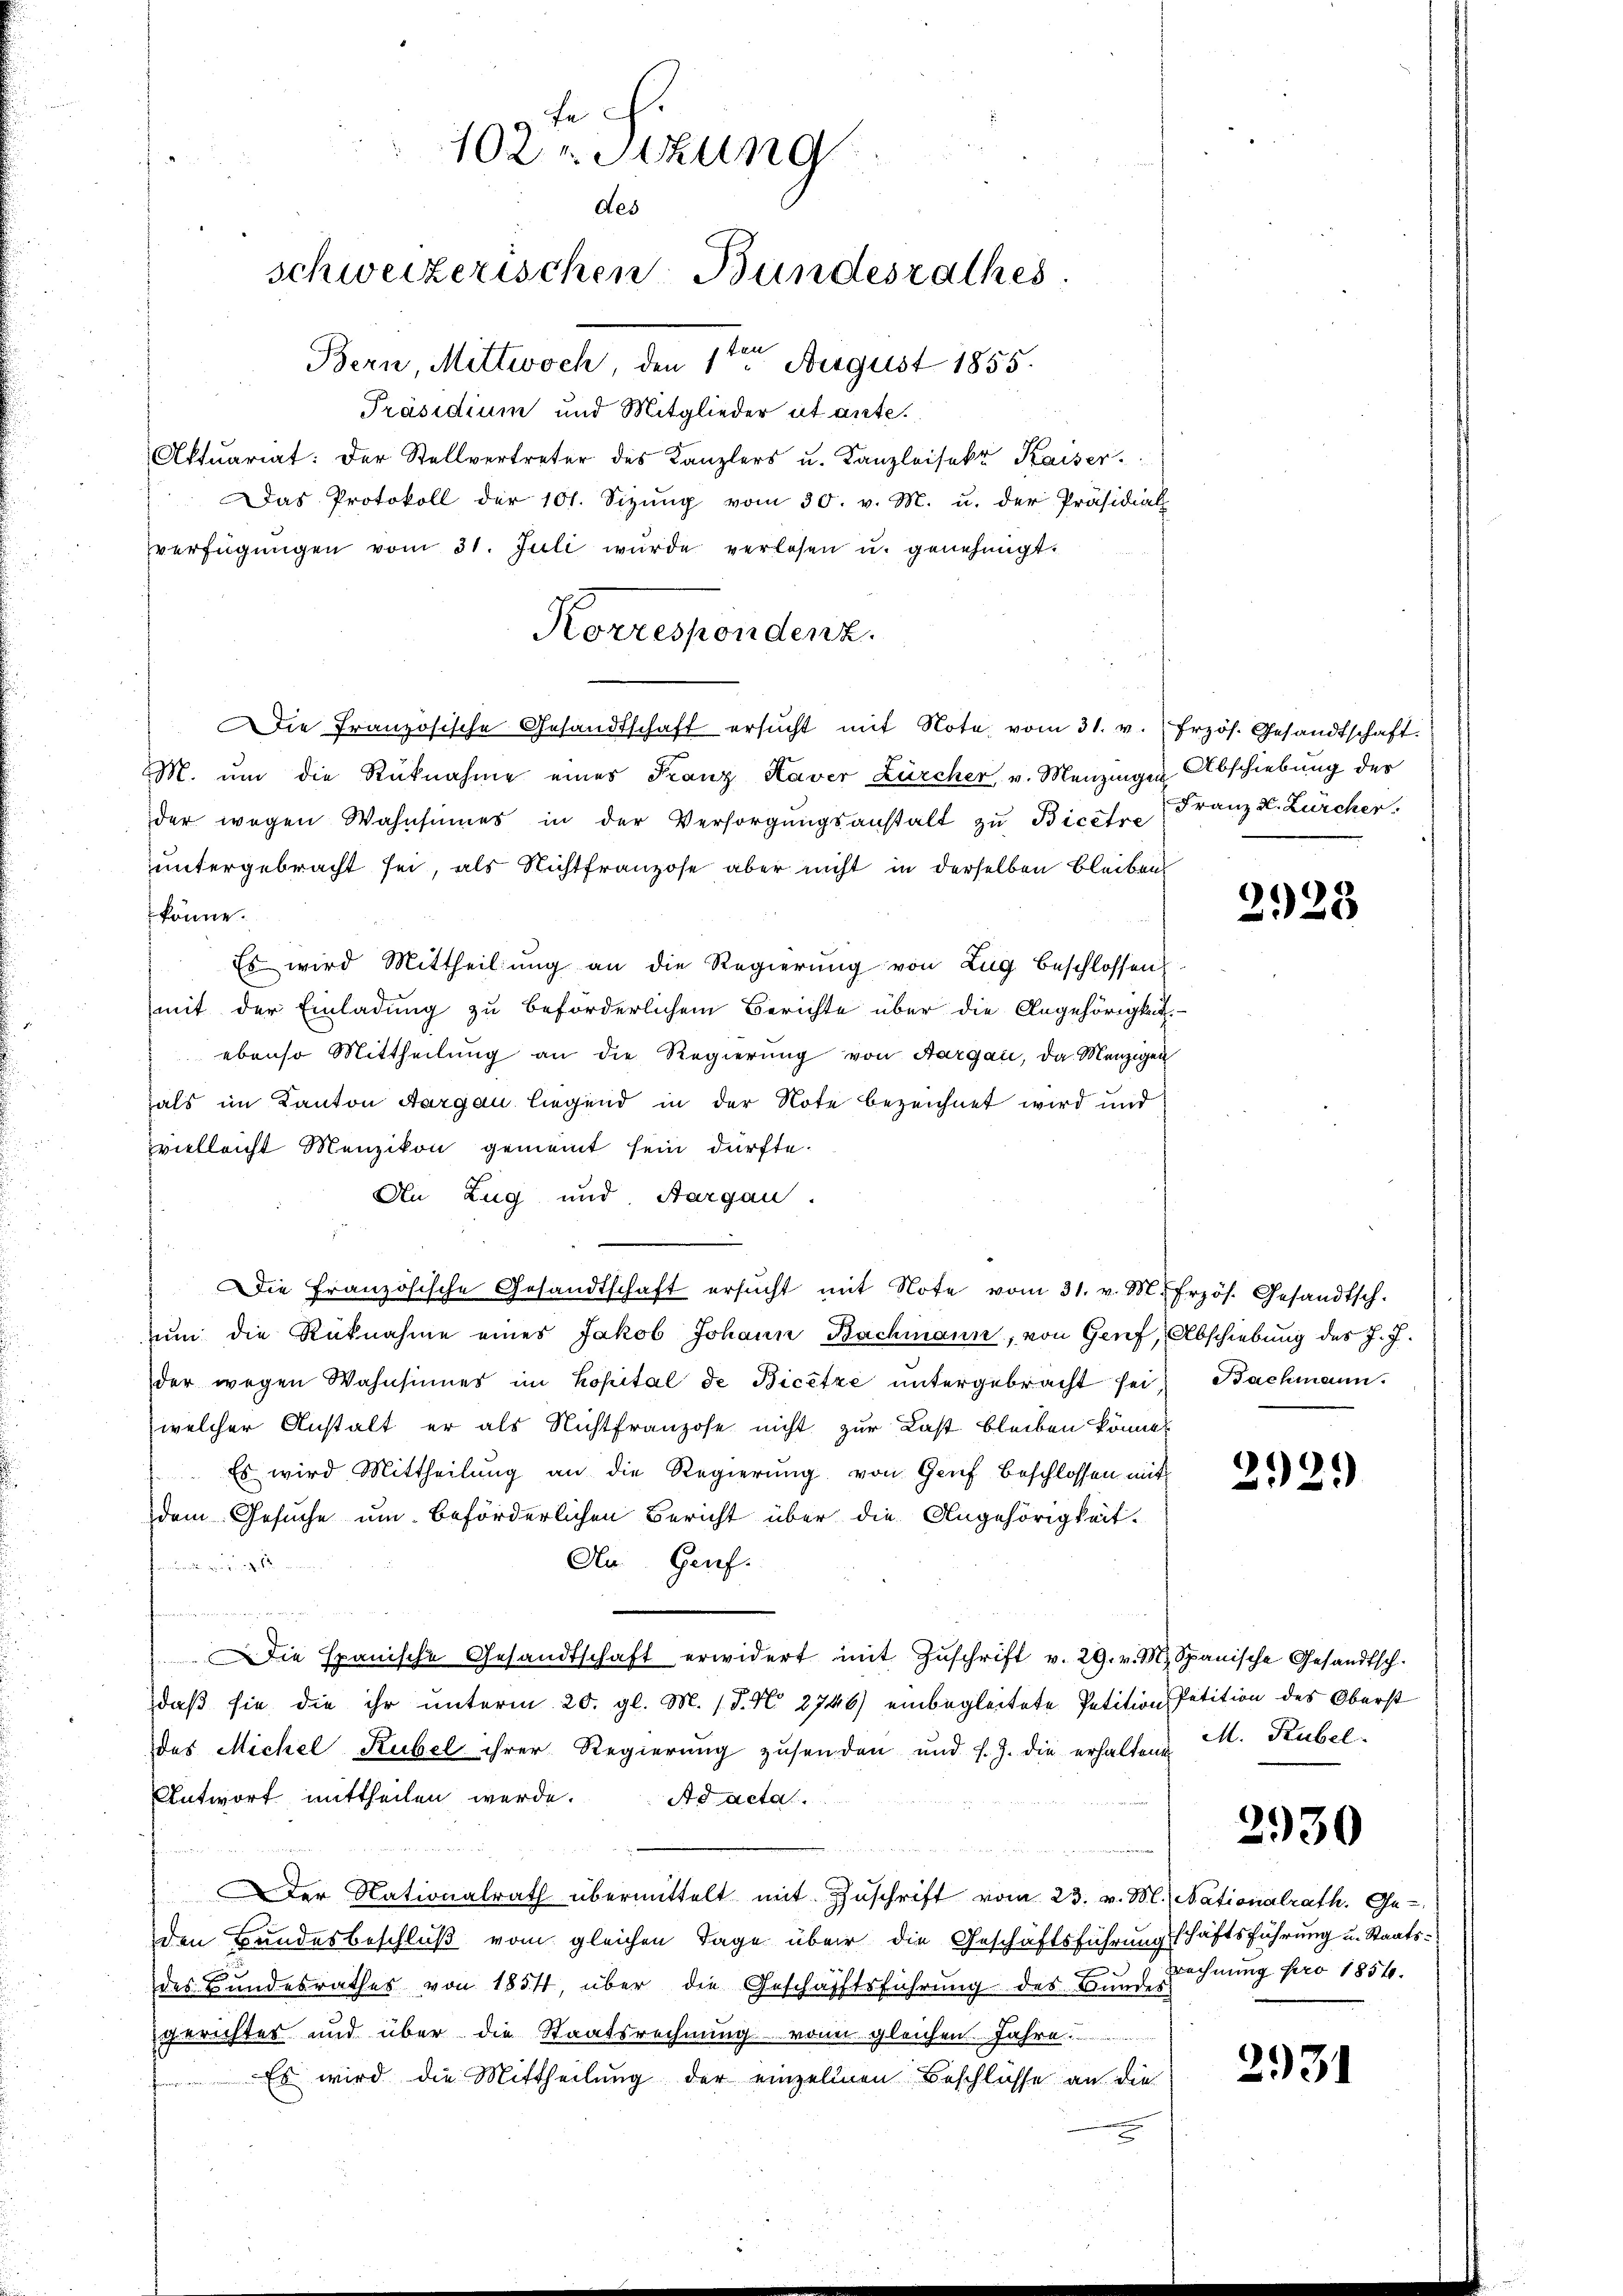
te ch
102. Sitzung
des
schweizerischen Bundesrathes
Bern, Mittwoch 1ten August 1855.

Präsidium und Mitglieder ut ante.
Aktuariat: Der Stellvertreter des Kanzlers u. Kanzleisekt Kaiser.
 Das Protokoll der 101. Sizŭng vom 30. v. M. u. der Präsidial
verfügŭngen vom 31. Juli würde verlesen u. genehmigt.
Korrespondenz.

der wegen Wahnsinnes in der Versorgŭngsanstalt zŭ Bicere Franz d. Zürcher.
untergebracht sei, als Nichtfranzose aber nicht in derselben bleiben
könne.
Es wird Mittheilung an die Regierung von Zug beschlossen
mit der Einladung zu beförderlichem Berichte über die Angehörigkeit.
ebenso Mittheilung an die Regierung von Aargau, da Menzigen
als im Kanton Aargau liegend in der Note bezeichnet wird und
vielleicht Menzikon gemeint sein dürfte.
An Zug und Aargau.
Die Französische Gesandtschaft ersŭcht mit Note vom 31. v. M. frzös. Gesandtsch.
ŭm die Rücknahme eines Jakob Johann Bachmann, von Genf, Abschiebung des J. J.
der wegen Wahnsinnes im Kopital de Bicetze untergebracht sei, Bachmann.
welcher Anstalt er als Nichtfranzose nicht zur Last bleiben könne.
Es wird Mittheilŭng an die Regierŭng von Genf beschlossen mit
dem Gesuche um beförderlichen Bericht über die Angehörigkeit.
An Genf.
fondere Be

Die spanische Gesandtschaft erwidert mit Zŭschrift v. 29. v. M. Spanische Gesandtsch.
daß sie die ihr unterm 20. gl. M. 18. No 2746) einbegleitete Petitionspetition des Oberst
des Michel Rubel ihrer Regierung zusenden und s. Z. die erhaltene
Antwort mittheilen werde. Ad acta.
Der Nationalrath übermittelt mit Zuschrift vom 23. v. M. Nationalrath. Ge-
den Bundesbeschluß vom gleichen Tage über die Geschäftsführungschäftsführung u. Staatsdes Bundesrathes von 1854, über die Geschäftsführung des Bundes
gerichtes und über die Staatsrechnung von gleichen Jahre
Es wird die Mittheilung der einzellen Beschlüsse an die
f

Die Französische Gesandtschaft ersucht mit Note, vom 31. v. Frzös. Gesandtschaft.
M. ŭm die Rücknahme eines Franz Kaver Zürcher v. Menzingen Abschiebung der

2928

2929

M. Rubel.

230

rechnung pro 1854.

2931